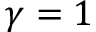
\gamma = 1